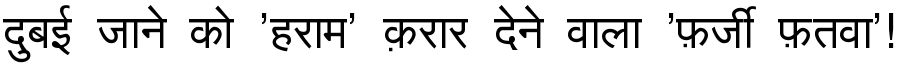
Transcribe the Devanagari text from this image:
दुबई जाने को 'हराम' क़रार देने वाला 'फ़र्जी फ़तवा'!